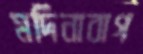
মদিনাবাগ